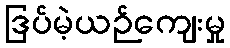
ဒြပ်မဲ့ယဉ်ကျေးမှု